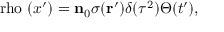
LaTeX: \mathrm { \boldmath ~ \ r h o ~ } ( x ^ { \prime } ) = { \bf n } _ { 0 } \sigma ( { \bf r ^ { \prime } } ) \delta ( \tau ^ { 2 } ) \Theta ( t ^ { \prime } ) ,